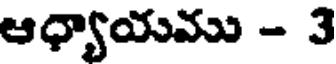
ఆధ్యాయము - 3